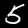
Digit: 5